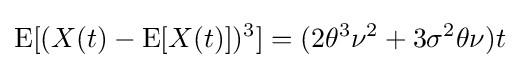
\operatorname {E} [(X(t)-\operatorname {E} [X(t)])^{3}]=(2\theta ^{3}\nu ^{2}+3\sigma ^{2}\theta \nu )t